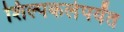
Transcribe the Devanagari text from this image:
शिल्पकलेपर्यंत